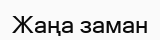
Жаңа заман